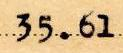
35.61